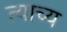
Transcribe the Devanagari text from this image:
त्याच्य